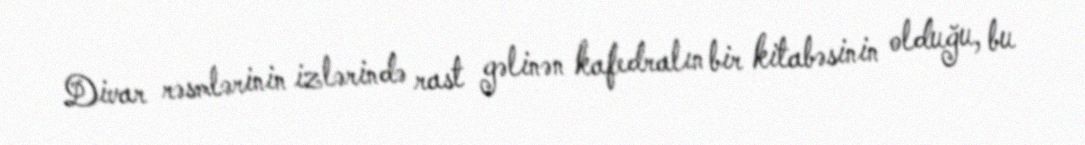
Divar rəsmlərinin izlərində rast gəlinən kafedralın bir kitabəsinin olduğu, bu